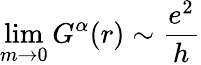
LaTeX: \operatorname*{lim}_{m\rightarrow 0}G^{\mathbf{\alpha}}(r)\sim\frac{e^{2}}{h}